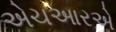
એચઆરએ